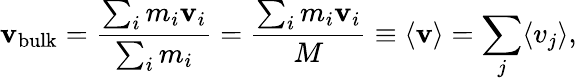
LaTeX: {\mathbf v_{\mathrm{bulk}}}=\frac{\sum_{i}m_{i}{\mathbf v}_{i}}{\sum_{i}m_{i}}=\frac{\sum_{i}m_{i}{\mathbf v}_{i}}{M}\equiv\langle{\mathbf v}\rangle=\sum_{j}\langle v_{j}\rangle,